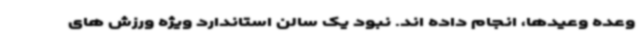
وعده وعیدها، انجام داده اند. نبود یک سالن استاندارد ویژه ورزش های